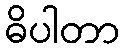
ဓိပါတာ